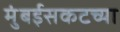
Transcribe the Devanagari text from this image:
मुंबईसकटच्या